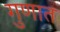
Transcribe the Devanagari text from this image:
गुणात